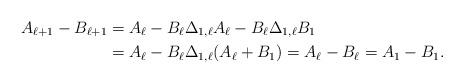
LaTeX: \begin{align*}A_{\ell+1}-B_{\ell+1}&=A_\ell-B_\ell\Delta_{1,\ell}A_\ell-B_\ell\Delta_{1,\ell}B_1\\&=A_\ell-B_\ell\Delta_{1,\ell}(A_\ell+B_1)=A_\ell-B_\ell=A_1-B_1.\end{align*}